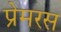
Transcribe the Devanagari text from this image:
प्रेमरस